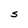
Character: S